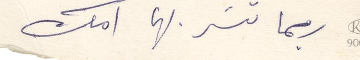
ربما تشكر بها امك